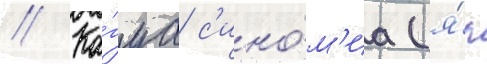
// Ка́гуа с'ино́м'иа (я́п